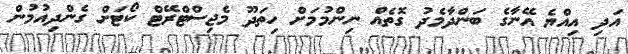
އަދި އިއްޔެ އޭނާގެ ބަންދާމެދު ގޮތެއް ނިންމުމަށް ހިތަދޫ މެޖިސްޓްރޭޓް ކޯޓަށް ގެންދިއުމުން